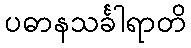
ပဓာနသင်္ခါရာတိ